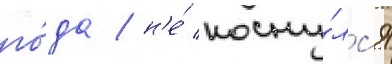
го́да / н'е́ косну́лс'я